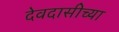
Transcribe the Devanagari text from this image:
देवदासीच्या